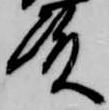
殿